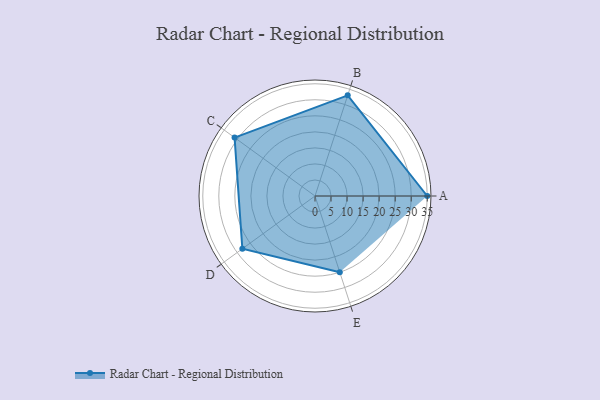
{"axis": {"x": "Skill", "y": "Score"}, "legend": ["Profile"], "data": [{"x": "A", "y": 35.0, "type": "Profile"}, {"x": "B", "y": 33.0, "type": "Profile"}, {"x": "C", "y": 31.0, "type": "Profile"}, {"x": "D", "y": 28.0, "type": "Profile"}, {"x": "E", "y": 25.0, "type": "Profile"}]}